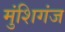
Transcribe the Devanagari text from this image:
मुंशिगंज